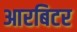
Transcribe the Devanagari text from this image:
आरबिटर